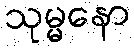
သုမ္မနော